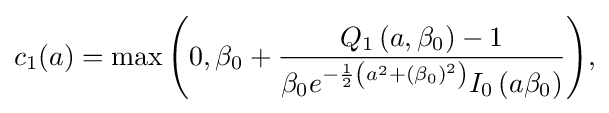
{\begin{aligned}c_{1}(a)=\max {\Bigg (}0,\beta _{0}+{\frac {Q_{1}\left(a,\beta _{0}\right)-1}{\beta _{0}e^{-{\frac {1}{2}}\left(a^{2}+\left(\beta _{0}\right)^{2}\right)}I_{0}\left(a\beta _{0}\right)}}{\Bigg )},\end{aligned}}